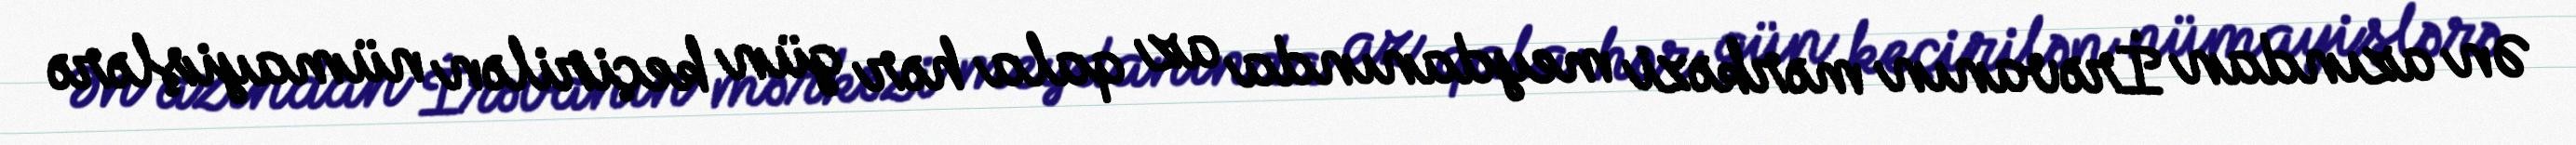
Ən azından İrəvanın mərkəzi meydanında az qala hər gün keçirilən nümayişlərə